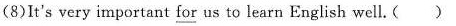
(8)It's very important for us to learn English well. ( )